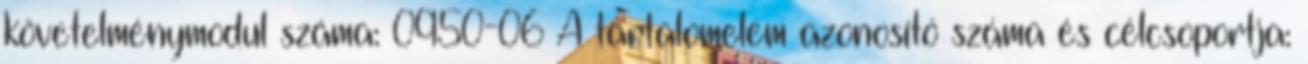
követelménymodul száma: 0950-06 A tartalomelem azonosító száma és célcsoportja: